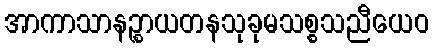
အာကာသာနဉ္စာယတနသုခုမသစ္စသညီယေဝ